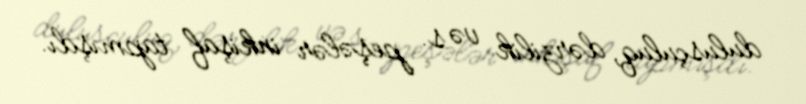
dulusçuluq, dərzilik və s. peşələr inkişaf tapmışdı.